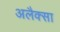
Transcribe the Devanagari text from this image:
अलैक्सा